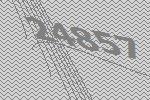
24857